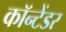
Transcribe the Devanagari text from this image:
कॉन्टेंडर